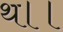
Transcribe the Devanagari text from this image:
थ।।